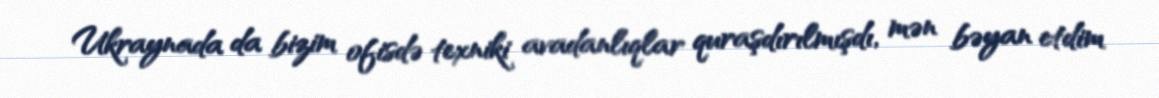
Ukraynada da bizim ofisdə texniki avadanlıqlar quraşdırılmışdı, mən bəyan etdim